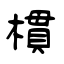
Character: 樌